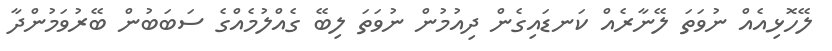
ލޭހޮޅިއެއް ނުވަތަ ލޭނާރެއް ކަނޑައިގެން ދިއުމުން ނުވަތަ ލިބޭ ގެއްލުމެއްގެ ސަބަބުން ބޭރުވަމުންދާ